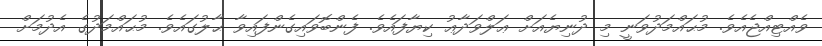
ވެއްޓިއްޖެއެވެ. މުޙައްމަދުވަނީ މި ދުނިޔެއަށް ޢަލްވަދާޢު ކިޔާފައެވެ. ފެންބޮވައިގެންފައިވާ ޙާލުގައެވެ. މުޙައްމަދުގެ އެދުމަށް